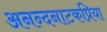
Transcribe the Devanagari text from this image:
अनन्दनाटकप्रिया